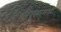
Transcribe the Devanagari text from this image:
जेवण्यामध्ये